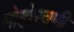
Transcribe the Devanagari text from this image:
मोहोरवणी